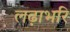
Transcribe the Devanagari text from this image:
लढ़ाभरि